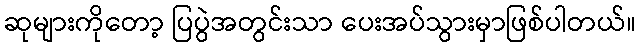
ဆုများကိုတော့ ပြပွဲအတွင်းသာ ပေးအပ်သွားမှာဖြစ်ပါတယ်။